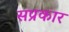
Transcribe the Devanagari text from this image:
सप्रकार